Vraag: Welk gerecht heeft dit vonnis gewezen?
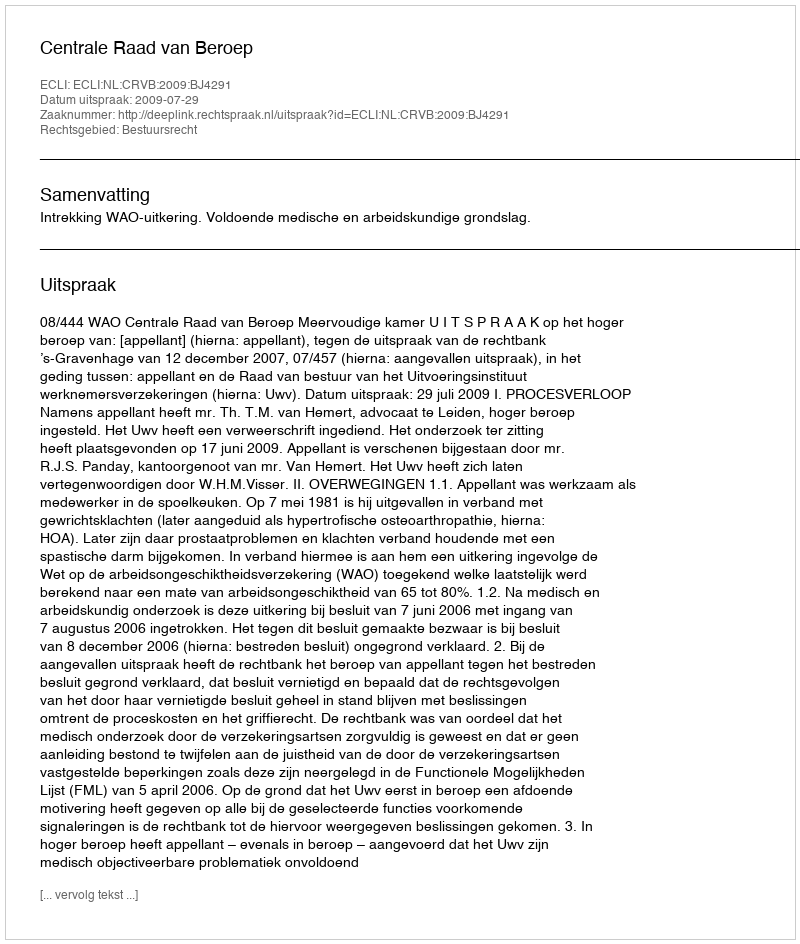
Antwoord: Centrale Raad van Beroep